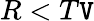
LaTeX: R<T\mathtt{V}